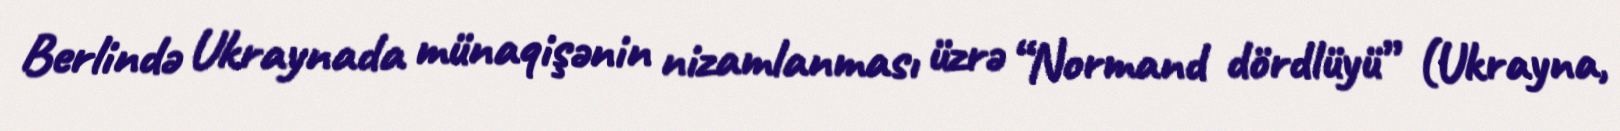
Berlində Ukraynada münaqişənin nizamlanması üzrə “Normand dördlüyü” (Ukrayna,